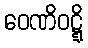
ဝေဏိဝဋ္ဋိ